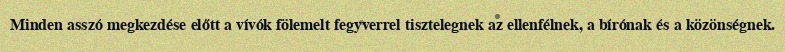
Minden asszó megkezdése előtt a vívók fölemelt fegyverrel tisztelegnek az ellenfélnek, a bírónak és a közönségnek.